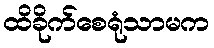
ထိခိုက်စေရုံသာမက